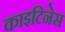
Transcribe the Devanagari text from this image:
काइटिनेस